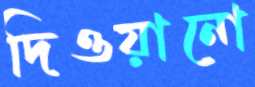
দিওয়ানো